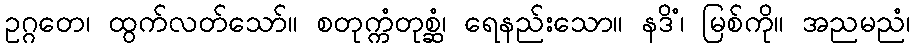
ဥဂ္ဂတေ၊ ထွက်လတ်သော်။ စတုက္ကံတုစ္ဆံ၊ ရေနည်းသော။ နဒိံ၊ မြစ်ကို။ အညမညံ၊